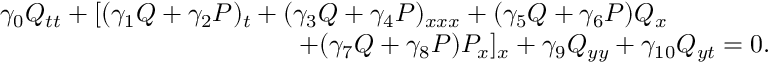
\begin{array} { r } { \gamma _ { 0 } Q _ { t t } + [ ( \gamma _ { 1 } Q + \gamma _ { 2 } P ) _ { t } + ( \gamma _ { 3 } Q + \gamma _ { 4 } P ) _ { x x x } + ( \gamma _ { 5 } Q + \gamma _ { 6 } P ) Q _ { x } \qquad \qquad } \\ { + ( \gamma _ { 7 } Q + \gamma _ { 8 } P ) P _ { x } ] _ { x } + \gamma _ { 9 } Q _ { y y } + \gamma _ { 1 0 } Q _ { y t } = 0 . } \end{array}